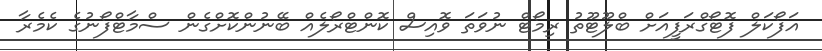
އަފޯކަލް ފޮޓޯގްރަފީއަށް ބްލޫޓޫތު ރިމޯޓް ނުވަތަ ވޮއިސް ކޮންޓްރޯލެއް ބޭނުންކޮށްގެން ސްމާޓްފޯނުގެ ކެމެރާ